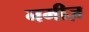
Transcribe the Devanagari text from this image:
नमीज़